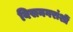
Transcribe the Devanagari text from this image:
विसनगरांशीं